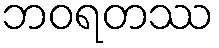
ဘဝရတဿ